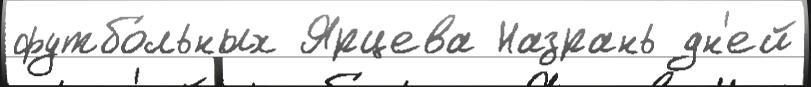
футбо́льных Ярцева Назрань дн'ей